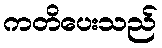
ကတိပေးသည်